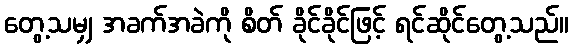
တွေ့သမျှ အခက်အခဲကို စိတ် ခိုင်ခိုင်ဖြင့် ရင်ဆိုင်တွေ့သည်။